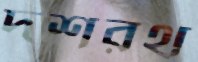
দশরথ